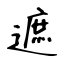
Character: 遮